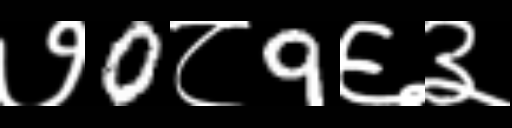
Text: ७0८9६३